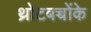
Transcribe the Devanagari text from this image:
थ्रोटबच्चोंके